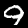
Digit: 9